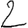
Digit: 2